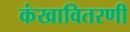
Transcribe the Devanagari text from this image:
कंखावितरणी